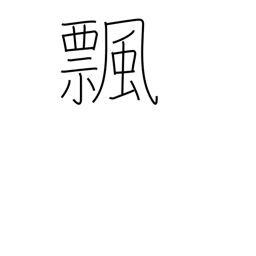
Meaning: turn over